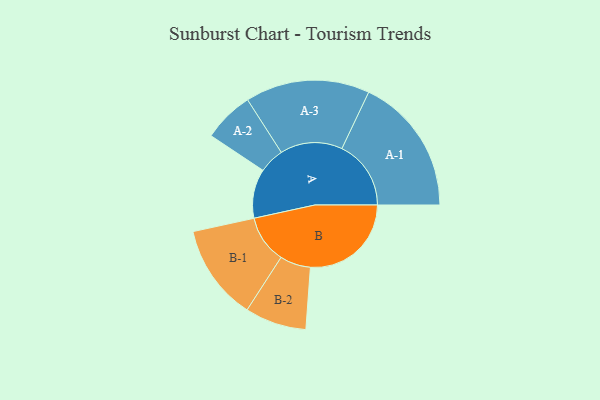
{"axis": {"x": "Segment", "y": "Value"}, "legend": ["", "A", "B"], "data": [{"x": "A", "y": 200, "type": ""}, {"x": "B", "y": 410, "type": ""}, {"x": "A-1", "y": 281, "type": "A"}, {"x": "A-2", "y": 103, "type": "A"}, {"x": "A-3", "y": 253, "type": "A"}, {"x": "B-1", "y": 195, "type": "B"}, {"x": "B-2", "y": 125, "type": "B"}]}